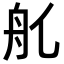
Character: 𦨊